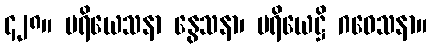
၄၂၈။ ပရိယေသနာ နွေသနာ၊ ပရိယေဋ္ဌိ ဂဝေသနာ။